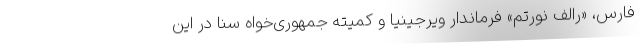
فارس، «رالف نورتم» فرماندار ویرجینیا و کمیته جمهوری‌خواه سنا در این